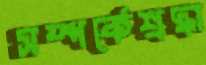
সম্পর্কেশ্রদ্ধা